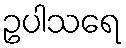
ဥပါသရေ